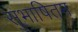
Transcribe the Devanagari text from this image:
सुभाषितम्